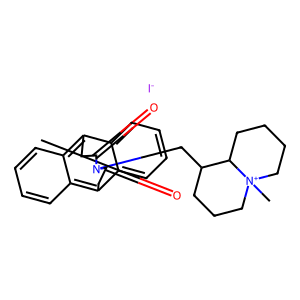
SMILES: C[N+]12CCCCC1C(CN1C(=O)Cc3c4ccccc4c(c4ccccc34)CC1=O)CCC2.[I-]
Inhibits HIV replication: No